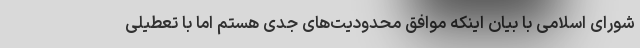
شورای اسلامی با بیان اینکه موافق محدودیت‌های جدی هستم اما با تعطیلی